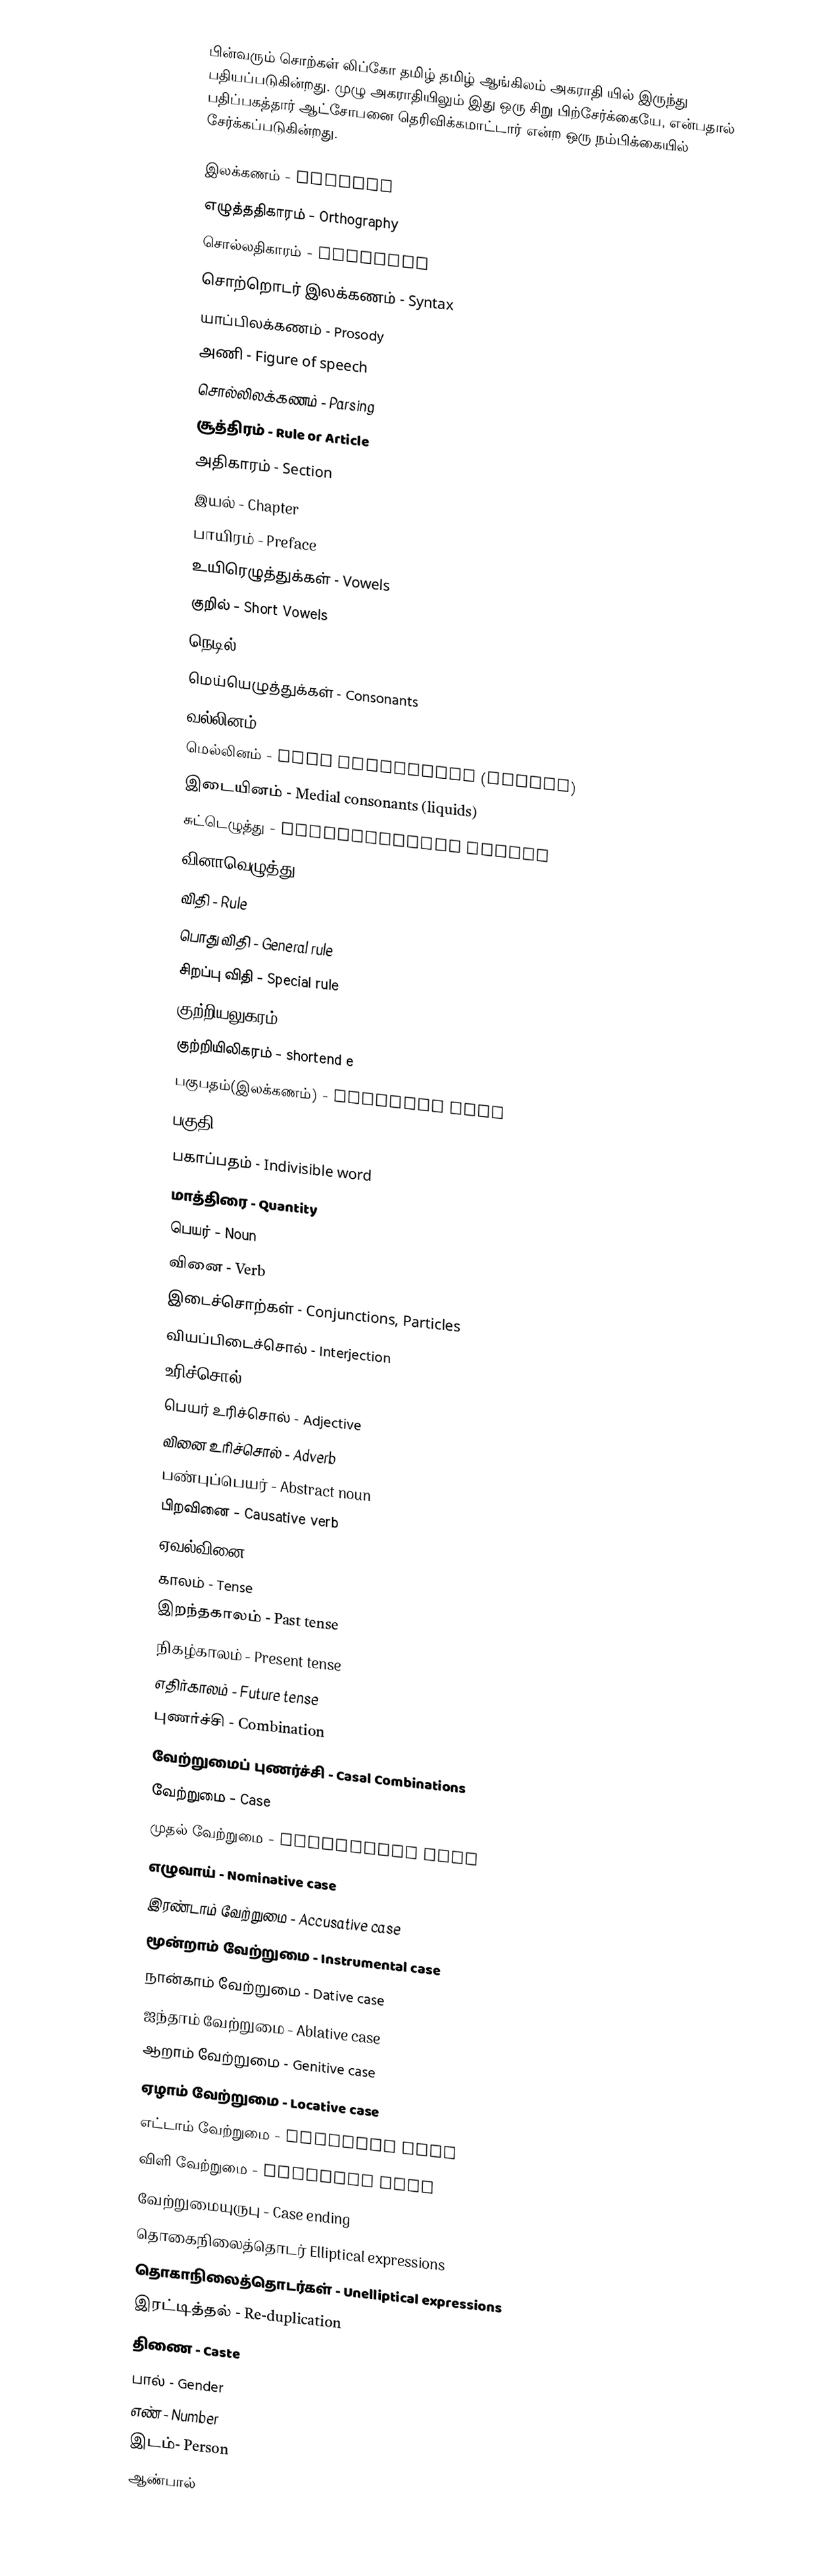
பின்வரும் சொற்கள் லிப்கோ தமிழ் தமிழ் ஆங்கிலம் அகராதி யில் இருந்து பதியப்படுகின்றது.  முழு அகராதியிலும் இது ஒரு சிறு பிற்சேர்க்கையே, என்பதால் பதிப்பகத்தார் ஆட்சோபனை தெரிவிக்கமாட்டார் என்ற ஒரு     நம்பிக்கையில் சேர்க்கப்படுகின்றது.

 இலக்கணம் - Grammar
 எழுத்ததிகாரம் - Orthography
 சொல்லதிகாரம் - Etymolgy
 சொற்றொடர் இலக்கணம் - Syntax
 யாப்பிலக்கணம் - Prosody
 அணி - Figure of speech
 சொல்லிலக்கணம் - Parsing
 சூத்திரம் - Rule or Article
 அதிகாரம் - Section
 இயல் - Chapter
 பாயிரம் - Preface
 உயிரெழுத்துக்கள் - Vowels
 குறில் - Short Vowels
 நெடில் - Long Vowels
 மெய்யெழுத்துக்கள் - Consonants
 வல்லினம் - Hard consonants (surds)
 மெல்லினம் - Soft consonants (nasals)
 இடையினம் - Medial consonants (liquids)
 சுட்டெழுத்து - Demonstrative letter
 வினாவெழுத்து - Interrogative letter
 விதி - Rule
 பொது விதி - General rule
 சிறப்பு விதி - Special rule
 குற்றியலுகரம் - shortend u
 குற்றியிலிகரம் - shortend e
 பகுபதம்(இலக்கணம்) - Divisble word
 பகுதி - Root
 பகாப்பதம் - Indivisible word
 மாத்திரை - Quantity
 பெயர் - Noun
 வினை - Verb
 இடைச்சொற்கள் - Conjunctions, Particles
 வியப்பிடைச்சொல் - Interjection
 உரிச்சொல் - Attributive
 பெயர் உரிச்சொல் - Adjective
 வினை உரிச்சொல் - Adverb
 பண்புப்பெயர் - Abstract noun
 பிறவினை - Causative verb
 ஏவல்வினை - imperative verb
 காலம் - Tense
 இறந்தகாலம் - Past tense
 நிகழ்காலம் - Present tense
 எதிர்காலம் - Future tense
 புணர்ச்சி - Combination
 வேற்றுமைப் புணர்ச்சி - Casal Combinations
 வேற்றுமை - Case
 முதல் வேற்றுமை - Nominative case
 எழுவாய் - Nominative case
 இரண்டாம் வேற்றுமை - Accusative case
 மூன்றாம் வேற்றுமை - Instrumental case
 நான்காம் வேற்றுமை - Dative case
 ஐந்தாம் வேற்றுமை - Ablative case
 ஆறாம் வேற்றுமை - Genitive case
 ஏழாம் வேற்றுமை - Locative case
 எட்டாம் வேற்றுமை - Vocative case
 விளி வேற்றுமை - Vocative case
 வேற்றுமையுருபு - Case ending
 தொகைநிலைத்தொடர் Elliptical expressions
 தொகாநிலைத்தொடர்கள் - Unelliptical expressions
 இரட்டித்தல் - Re-duplication
 திணை - Caste
 பால் - Gender
 எண் - Number
 இடம்- Person
 ஆண்பால்